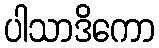
ပါသာဒိကော